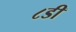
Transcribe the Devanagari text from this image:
८डी